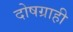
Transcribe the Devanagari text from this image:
दोषग्राही